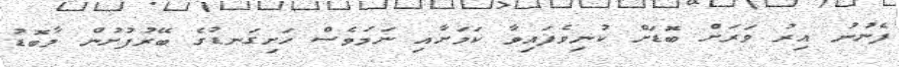
ފެނުނު އިރު ވަރަށް ބޮޑަށް ކުނިވެފައިވާ ކަމަށާއި ނަމަވެސް ހަށިގަނޑުގެ ބޭރުފުށުން މާބޮޑު